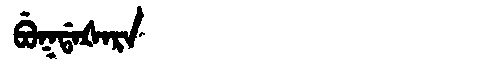
Manchu: ᠪᡠᡴᡩᠠᡧᠠᡵᠠ
Romanization: BUKDAŠARA